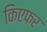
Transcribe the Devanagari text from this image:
किएफर